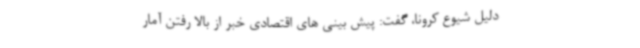
دلیل شیوع کرونا، گفت: پیش بینی های اقتصادی خبر از بالا رفتن آمار